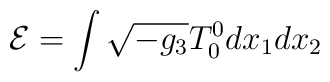
{\cal E}=\int \sqrt{-g_3} T^0_0 dx_1 dx_2